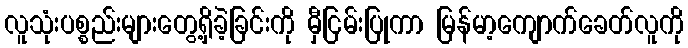
လူသုံးပစ္စည်းများတွေ့ရှိခဲ့ခြင်းကို မှီငြမ်းပြုကာ မြန်မာ့ကျောက်ခေတ်လူကို